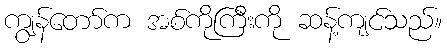
ကျွန်တော်က အစ်ကိုကြီးကို ဆန့်ကျင်သည်။